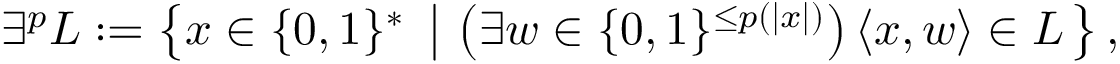
\exists ^ { p } L : = \left\{ x \in \{ 0 , 1 \} ^ { * } \ \left| \ \left( \exists w \in \{ 0 , 1 \} ^ { \leq p ( | x | ) } \right) \langle x , w \rangle \in L \right. \right\} ,